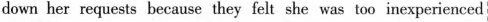
down her requests because they felt she was too inexperience